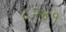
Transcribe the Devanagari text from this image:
८२४१